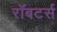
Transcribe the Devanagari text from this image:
रॉबटर्स